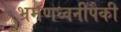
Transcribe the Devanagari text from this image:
भ्रमणध्वनींपैकी